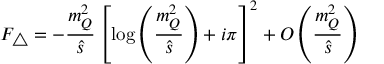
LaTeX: F _ { \triangle } = - \frac { m _ { Q } ^ { 2 } } { \hat { s } } \left[ \log \left( \frac { m _ { Q } ^ { 2 } } { \hat { s } } \right) + i \pi \right] ^ { 2 } + { \cal O } \left( \frac { m _ { Q } ^ { 2 } } { \hat { s } } \right)